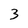
Character: 3